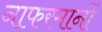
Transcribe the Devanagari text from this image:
नाफरमानों